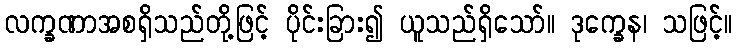
လက္ခဏာအစရှိသည်တို့ဖြင့် ပိုင်းခြား၍ ယူသည်ရှိသော်။ ဒုက္ခေန၊ သဖြင့်။